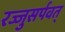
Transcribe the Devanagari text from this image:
रज्जुसर्पवत्‌